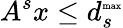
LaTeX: A^{s}x\leq d_{s}^{\textrm{\tiny max}}